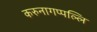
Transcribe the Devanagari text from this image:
करुनागप्पल्लि